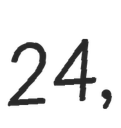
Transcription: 24,